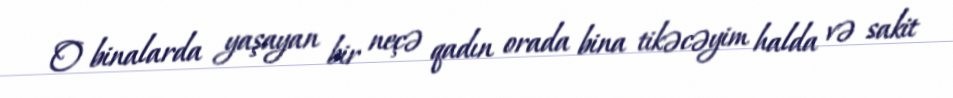
O binalarda yaşayan bir neçə qadın orada bina tikəcəyim halda və sakit